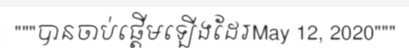
"""បានចាប់ផ្តើមឡើងដែរMay 12, 2020"""